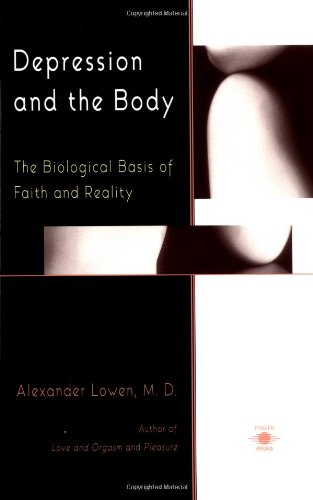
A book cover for Depression and the Body: The Biological Basis of Faith and Reality (Compass); Alexander Lowen; Health, Fitness & Dieting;